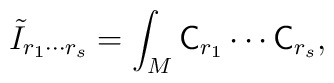
\tilde{I}_{r_{1}\cdots r_{s}}=\int_{M}{\sf C}_{r_{1}}\cdots {\sf C}_{r_{s}},